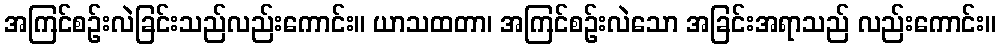
အကြင်စဉ်းလဲခြင်းသည်လည်းကောင်း။ ယာသထတာ၊ အကြင်စဉ်းလဲသော အခြင်းအရာသည် လည်းကောင်း။